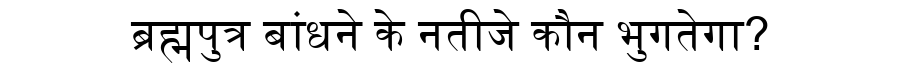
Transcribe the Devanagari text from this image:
ब्रह्मपुत्र बांधने के नतीजे कौन भुगतेगा?